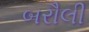
બરૌલી